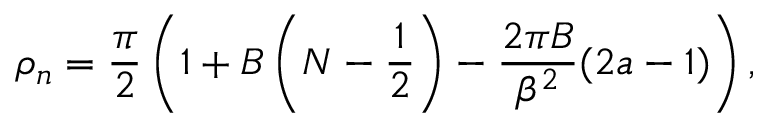
\rho _ { n } = \frac { \pi } { 2 } \left( 1 + B \left( N - \frac { 1 } { 2 } \right) - \frac { 2 \pi B } { \beta ^ { 2 } } ( 2 a - 1 ) \right) ,